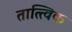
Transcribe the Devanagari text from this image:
तात्‍त्‍विक